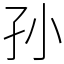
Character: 孙